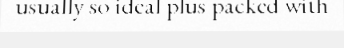
usually so ideal plus packed with